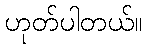
ဟုတ်ပါတယ်။